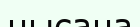
нысана